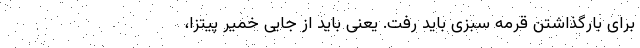
برای بار‌گذاشتن قرمه سبزی باید رفت. یعنی باید از جایی خمیر پیتزا،